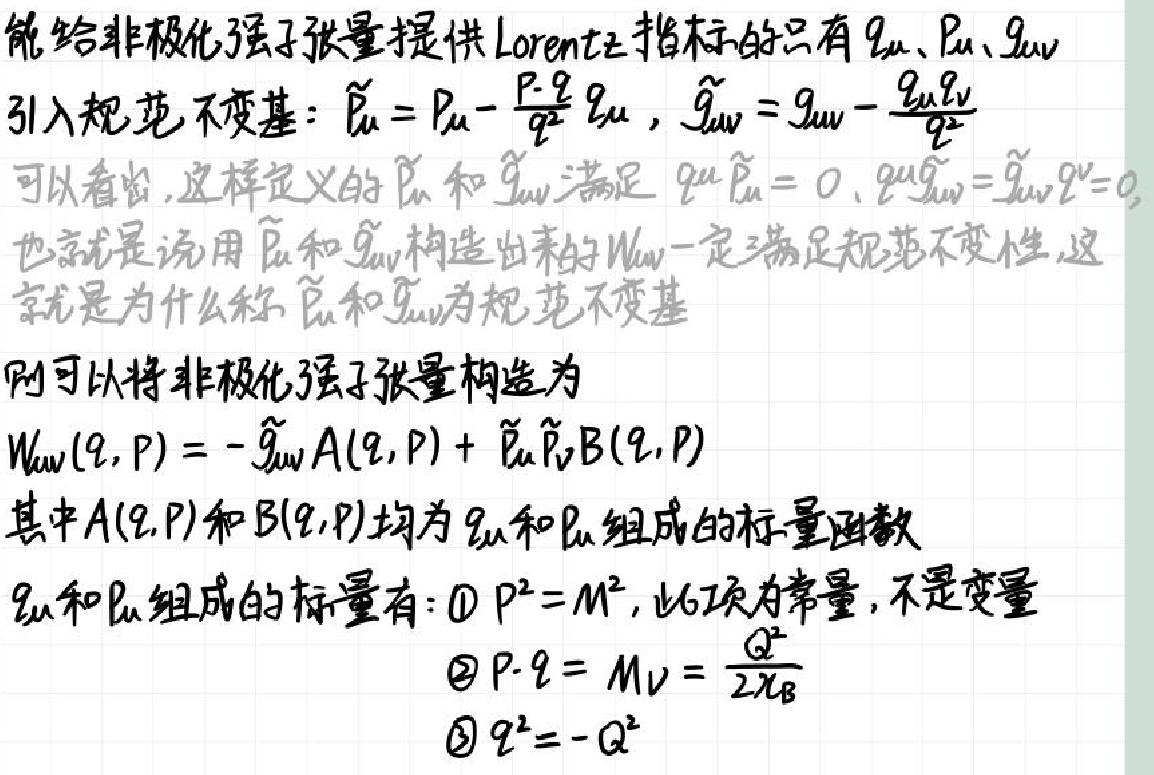
能给非极化强子张量提供Lorentz指标的只有$q_{\mu}、P_{\mu}、g_{\mu\nu}$
引入规范不变基：$\widetilde{P}_{\mu}=P_{\mu}-\frac{P\cdot q}{q^{2}}q_{\mu}$，$\widetilde{g}_{\mu\nu}=g_{\mu\nu}-\frac{q_{\mu}q_{\nu}}{q^{2}}$
可以看出，这样定义的$\widetilde{P}_{\mu}$和$\widetilde{g}_{\mu\nu}$满足$q^{\mu}\widetilde{P}_{\mu}=0$、$q^{\mu}\widetilde{g}_{\mu\nu}=\widetilde{g}_{\mu\nu}q^{\nu}=0$
也就是说用$\widetilde{P}_{\mu}$和$\widetilde{g}_{\mu\nu}$构造出来的$W_{\mu\nu}$一定满足规范不变性，这就是为什么称$\widetilde{P}_{\mu}$和$\widetilde{g}_{\mu\nu}$为规范不变基
则可以将非极化强子张量构造为
$W_{\mu\nu}(q,P)=-\widetilde{g}_{\mu\nu}A(q,P)+\widetilde{P}_{\mu}\widetilde{P}_{\nu}B(q,P)$
其中$A(q,P)$和$B(q,P)$均为$q_{\mu}$和$P_{\mu}$组成的标量函数
$q_{\mu}$和$P_{\mu}$组成的标量有：\textcircled{1}$P^{2}=M^{2}$，此项为常量，不是变量
\textcircled{2}$P\cdot q = M\nu=\frac{Q^{2}}{2x_{B}}$
\textcircled{3}$q^{2}=-Q^{2}$